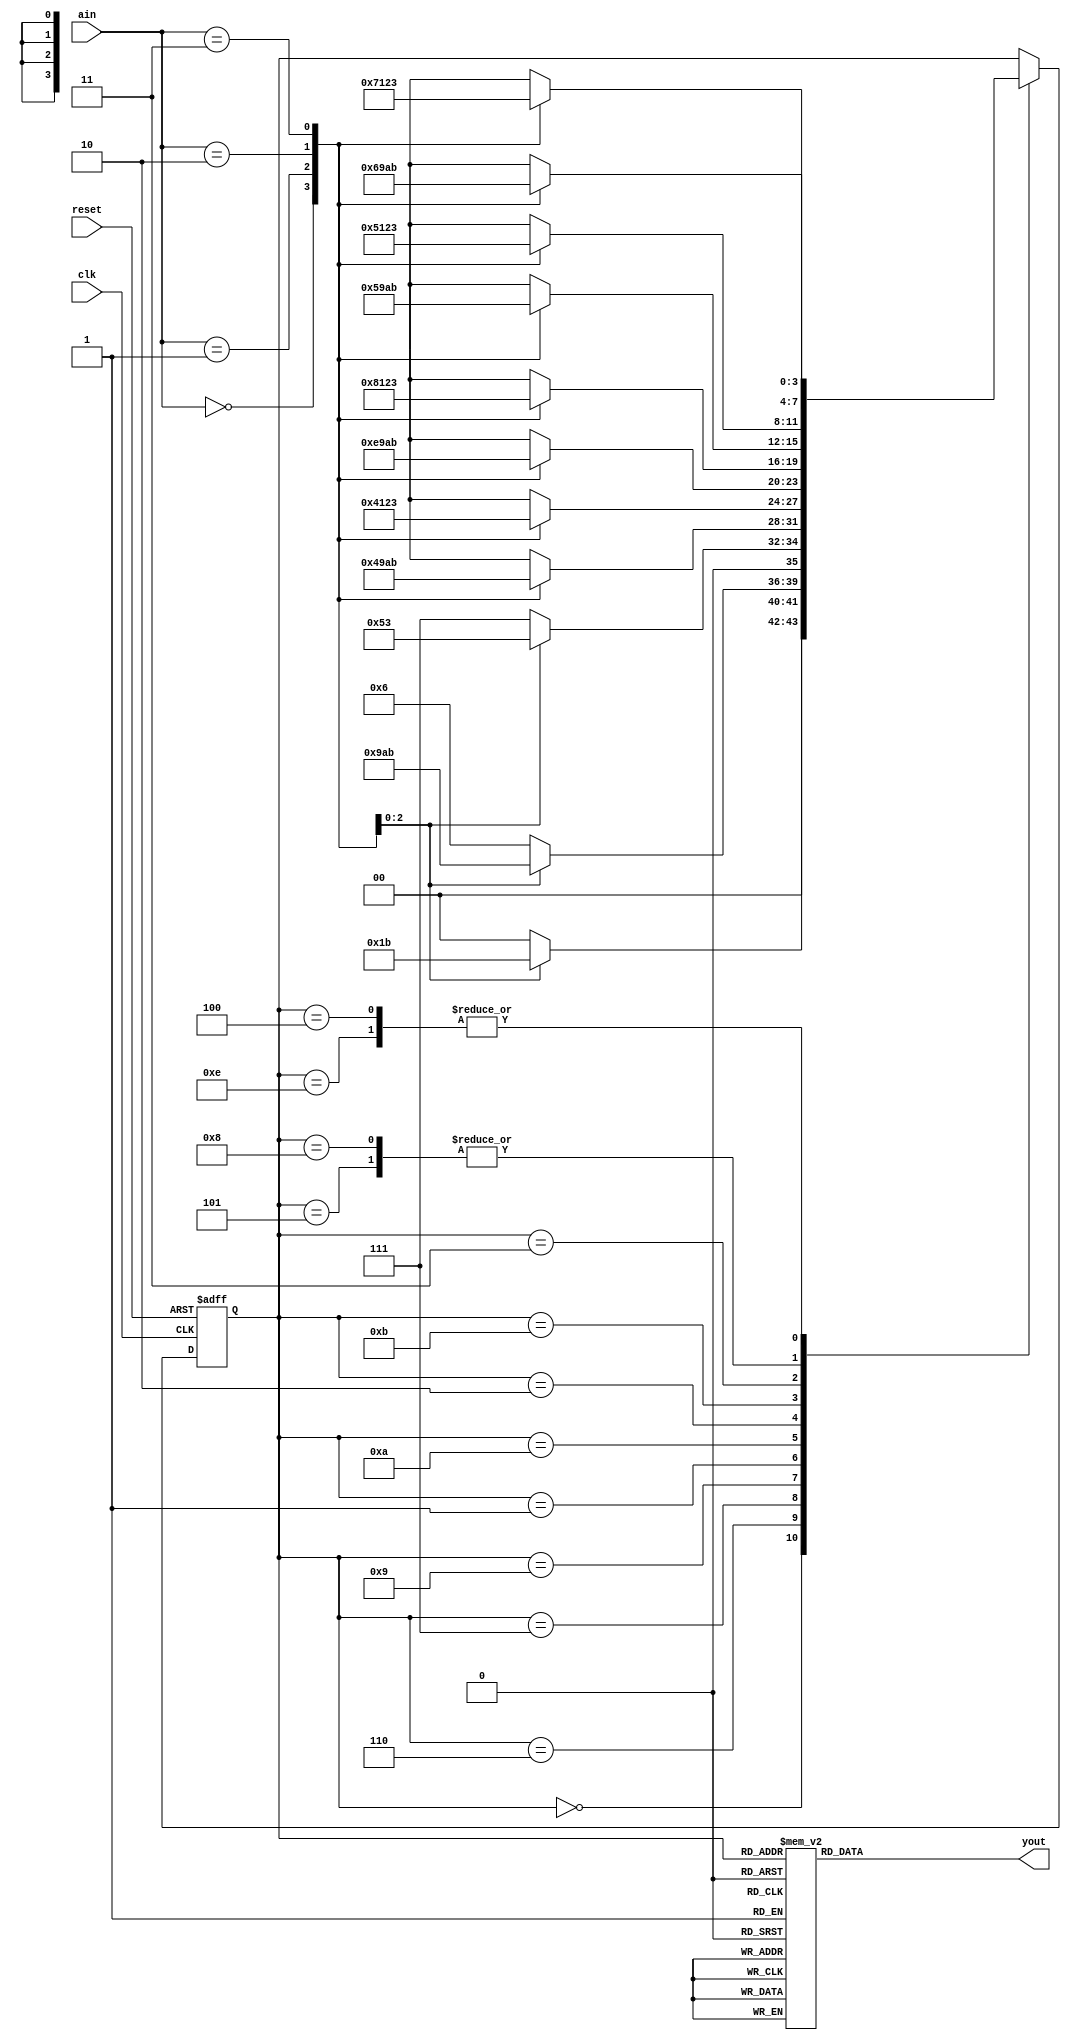
`timescale 1ns / 1ps
//////////////////////////////////////////////////////////////////////////////////
// Company: 
// Engineer: 
// 
// Design Name: 
// Module Name: moore
// Project Name: 
// Target Devices: 
// Tool Versions: 
// Description: 
// 
// Dependencies: 
// 
// Revision:
// Revision 0.01 - File Created
// Additional Comments:
// 
//////////////////////////////////////////////////////////////////////////////////


module moore(
    input wire clk,
    input wire reset,
    input wire [1:0] ain,
    output reg yout = 0
    );

// state definitions
// all permanently-high states set the MSB
parameter [3:0] R = 4'b0000; // reset state
parameter [3:0] G01L = 1, G01H = 9;
parameter [3:0] G0100 = 4;
parameter [3:0] G11L = 3, G11H = 11;
parameter [3:0] G1100 = 5;
parameter [3:0] G10L = 2, G10H = 10;
parameter [3:0] G1000H = 8;
parameter [3:0] G1000L = 14;
parameter [3:0] HoldL = 7; // hold low output
parameter [3:0] HoldH = 6; // hold high output

reg [3:0] state = R;
reg [3:0] next_state;
// drive state machine
always @( posedge clk, posedge reset ) begin
    if (reset) state <= R;
    else state <= next_state;
end

// calculate next state
always @( state, ain, yout ) begin
    #1;
    case ( state )
        R: begin
            case (ain)
                2'b01: next_state = G01L;
                2'b10: next_state = G10L;
                2'b11: next_state = G11L;
                default: next_state = R;
            endcase
        end
        HoldH: begin
            case (ain)
                2'b01: next_state = G01H;
                2'b10: next_state = G10H;
                2'b11: next_state = G11H;
                default: next_state = HoldH;
            endcase
        end
        HoldL: begin
            case (ain)
                2'b01: next_state = G01L;
                2'b10: next_state = G10L;
                2'b11: next_state = G11L;
                default: next_state = HoldL;
            endcase
        end
        G01H: begin
            case (ain)
                2'b00: next_state = G0100;
                2'b01: next_state = G01H;
                2'b10: next_state = G10H;
                2'b11: next_state = G11H;
                default: next_state = HoldH;
            endcase
        end
        G01L: begin
                case (ain)
                    2'b00: next_state = G0100;
                    2'b01: next_state = G01L;
                    2'b10: next_state = G10L;
                    2'b11: next_state = G11L;
                    default: next_state = HoldL;
                endcase
            end
        G10H: begin
            case (ain)
                2'b00: next_state = G1000L; // toggle
                2'b01: next_state = G01H;
                2'b10: next_state = G10H;
                2'b11: next_state = G11H;
                default: next_state = HoldH;
            endcase
        end
        G10L: begin
                case (ain)
                    2'b00: next_state = G1000H; // toggle
                    2'b01: next_state = G01L;
                    2'b10: next_state = G10L;
                    2'b11: next_state = G11L;
                    default: next_state = HoldL;
                endcase   
        end
        G11H: begin
                case (ain)
                    2'b00: next_state = G1100;
                    2'b01: next_state = G01H;
                    2'b10: next_state = G10H;
                    2'b11: next_state = G11H;
                    default: next_state = HoldH;
                endcase
        end
        G11L: begin
                 case (ain)
                    2'b00: next_state = G1100;
                    2'b01: next_state = G01L;
                    2'b10: next_state = G10L;
                    2'b11: next_state = G11L;
                    default: next_state = HoldH;
                endcase
        end
        G1100: begin
            case (ain) // this will set
                2'b00: next_state = HoldH;
                2'b01: next_state = G01H;
                2'b10: next_state = G10H;
                2'b11: next_state = G11H;
                default: begin
                    if ( yout ) next_state = HoldH;
                    else next_state = HoldL;
                end
            endcase
        end
        G1000L: begin
            case (ain) 
                2'b00: next_state = HoldL;
                2'b01: next_state = G01L;
                2'b10: next_state = G10L;
                2'b11: next_state = G11L;
                default: next_state = HoldL;
            endcase
        end 
        G1000H: begin
            case (ain)
                2'b00: next_state = HoldH;
                2'b01: next_state = G01H;
                2'b10: next_state = G10H;
                2'b11: next_state = G11H;
                default: next_state = HoldH;
            endcase
        end        
        G0100: begin
            case (ain) // this will clear
                2'b00: next_state = HoldL;
                2'b01: next_state = G01L;
                2'b10: next_state = G10L;
                2'b11: next_state = G11L;
                default: begin
                    if ( yout ) next_state = HoldH;
                    else next_state = HoldL;
                end 
            endcase
        end
        default: next_state = state;
    endcase
end

// calculate outputs
always @( state ) begin
    case ( state )
        R: yout = 0;
        G10H: yout = 1;
        G10L: yout = 0;
        G11H: yout = 1;
        G11L: yout = 0;
        G01H: yout = 1;
        G01L: yout = 0;
        G1100: yout = 1;
        G0100: yout = 0;
        G1000H: yout = 1;
        G1000L: yout = 0;
        HoldL: yout = 0;
        HoldH: yout = 1;
        default: yout = 0;
    endcase
end 

endmodule